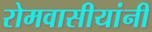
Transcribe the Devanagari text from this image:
रोमवासीयांनी